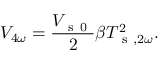
V _ { 4 \omega } = \frac { V _ { \mathrm { ~ s ~ 0 ~ } } } { 2 } \beta T _ { \mathrm { ~ s ~ } , 2 \omega } ^ { 2 } { . }